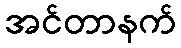
အင်တာနက်